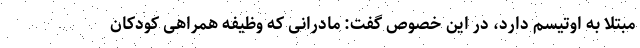
مبتلا به اوتیسم دارد، در این خصوص گفت: مادرانی که وظیفه همراهی کودکان